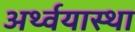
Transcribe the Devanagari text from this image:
अर्थ्वयास्था